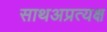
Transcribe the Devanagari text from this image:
साथअप्रत्यक्ष